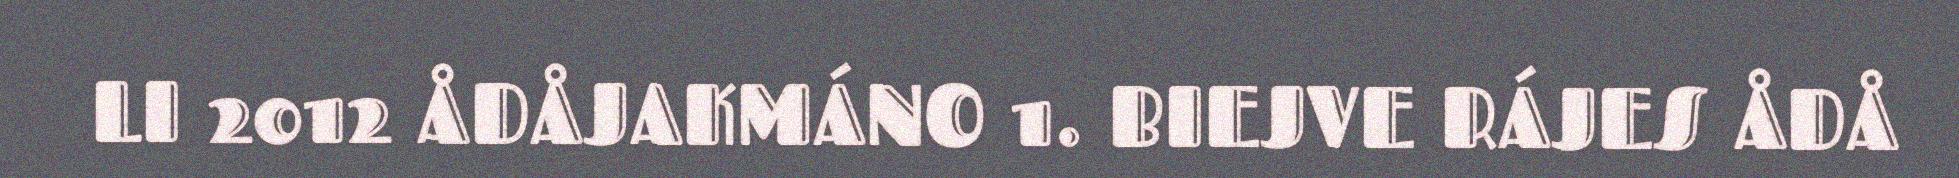
LI 2012 ÅDÅJAKMÁNO 1. BIEJVE RÁJES ÅDÅ